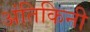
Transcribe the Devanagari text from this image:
अंतिकिनी